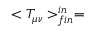
< T _ { \mu \nu } > _ { f i n } ^ { i n } =